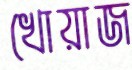
খোয়াজ